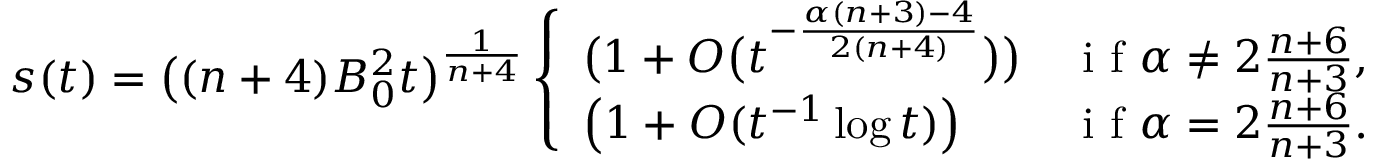
s ( t ) = \big ( ( n + 4 ) B _ { 0 } ^ { 2 } t \big ) ^ { \frac { 1 } { n + 4 } } \left\{ \begin{array} { l l } { \big ( 1 + O \big ( t ^ { - \frac { \alpha ( n + 3 ) - 4 } { 2 ( n + 4 ) } } \big ) \big ) } & { \mathrm { ~ i ~ f ~ } \alpha \ne 2 \frac { n + 6 } { n + 3 } , } \\ { \left( 1 + O ( t ^ { - 1 } \log t ) \right) } & { \mathrm { ~ i ~ f ~ } \alpha = 2 \frac { n + 6 } { n + 3 } . } \end{array} \right.